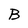
Character: B